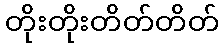
တိုးတိုးတိတ်တိတ်